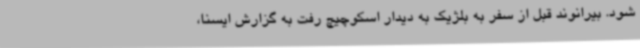
شود. بیرانوند قبل از سفر به بلژیک به دیدار اسکوچیچ رفت به گزارش ایسنا،